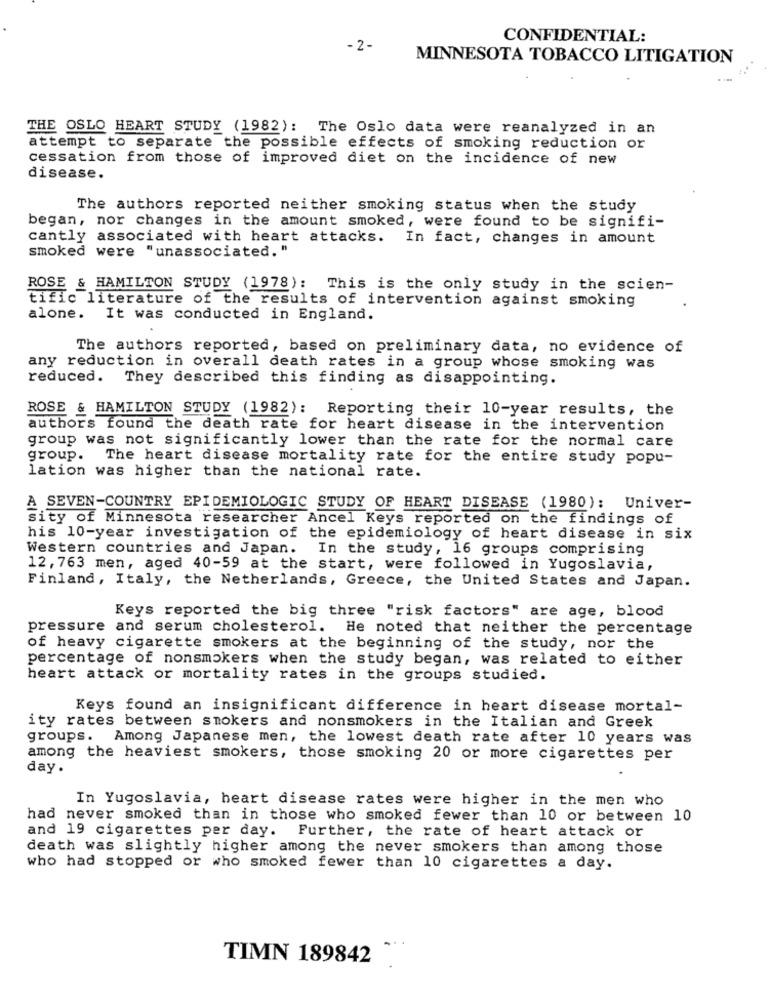
CONFIDENTIAL:
- 2 -
MINNESOTA TOBACCO LITIGATION
THE OSLO HEART STUDY (1982): The Oslo data were reanalyzed in an
attempt to separate the possible effects of smoking reduction or
cessation from those of improved diet on the incidence of new
disease.
The authors reported neither smoking status when the study
began, nor changes in the amount smoked, were found to be signifi-
cantly associated with heart attacks. In fact, changes in amount
smoked were "unassociated. "
ROSE & HAMILTON STUDY (1978): This is the only study in the scien-
tific literature of the results of intervention against smoking
alone. It was conducted in England.
The authors reported, based on preliminary data, no evidence of
any reduction in overall death rates in a group whose smoking was
reduced. They described this finding as disappointing.
ROSE & HAMILTON STUDY (1982): Reporting their 10-year results, the
authors found the death rate for heart disease in the intervention
group was not significantly lower than the rate for the normal care
group. The heart disease mortality rate for the entire study popu-
lation was higher than the national rate.
A SEVEN-COUNTRY EPIDEMIOLOGIC STUDY OF HEART DISEASE (1980): Univer-
sity of Minnesota researcher Ancel Keys reported on the findings of
his 10-year investigation of the epidemiology of heart disease in six
Western countries and Japan. In the study, 16 groups comprising
12, 763 men, aged 40-59 at the start, were followed in Yugoslavia,
Finland, Italy, the Netherlands, Greece, the United States and Japan.
Keys reported the big three "risk factors" are age, blood
pressure and serum cholesterol. He noted that neither the percentage
of heavy cigarette smokers at the beginning of the study, nor the
percentage of nonsmokers when the study began, was related to either
heart attack or mortality rates in the groups studied.
Keys found an insignificant difference in heart disease mortal-
ity rates between smokers and nonsmokers in the Italian and Greek
groups. Among Japanese men, the lowest death rate after 10 years was
among the heaviest smokers, those smoking 20 or more cigarettes per
day.
In Yugoslavia, heart disease rates were higher in the men who
had never smoked than in those who smoked fewer than 10 or between 10
and 19 cigarettes per day. Further, the rate of heart attack or
death was slightly higher among the never smokers than among those
who had stopped or who smoked fewer than 10 cigarettes a day.
TIMN 189842